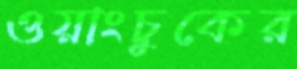
ওয়াংচুকের